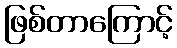
ဖြစ်တာကြောင့်